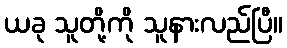
ယခု သူတို့ကို သူနားလည်ပြီ။